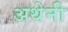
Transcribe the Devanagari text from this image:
अथेनी